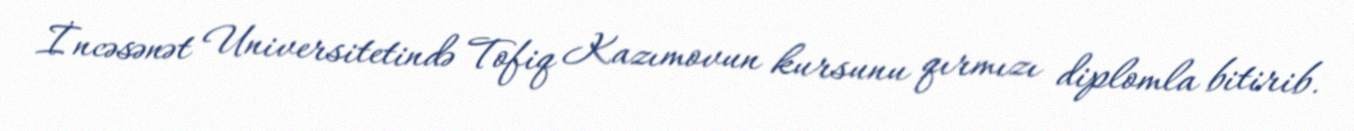
İncəsənət Universitetində Tofiq Kazımovun kursunu qırmızı diplomla bitirib.